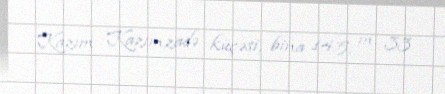
Kazım Kazımzadə küçəsi, bina 145, m. 33